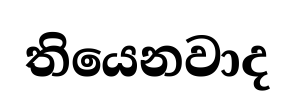
තියෙනවාද